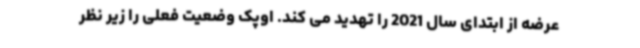
عرضه از ابتدای سال 2021 را تهدید می کند. اوپک وضعیت فعلی را زیر نظر